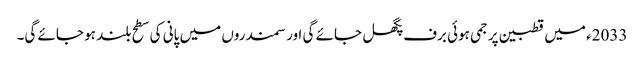
2033ء میں قطبین پر جمی ہوئی برف پگھل جائے گی اور سمندروں میں پانی کی سطح بلند ہو جائے گی۔